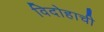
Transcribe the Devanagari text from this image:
विदोहाची